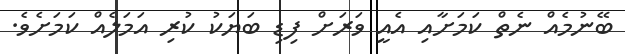
ބޭނުމެއް ނެތް ކަމަށާއި އެއީ ވަރަށް ފިޑި ބަޔަކު ކުރި އަމަލެއް ކަމަށެވެ.